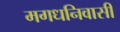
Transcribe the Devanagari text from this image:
मगधनिवासी